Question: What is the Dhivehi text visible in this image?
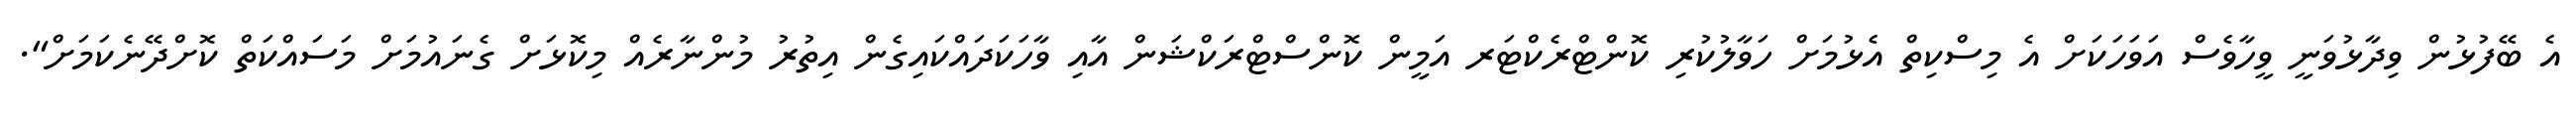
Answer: އެ ބޭފުޅުން ވިދާޅުވަނީ ވީހާވެސް އަވަހަކަށް އެ މިސްކިތް އެޅުމަށް ހަވާލުކުރި ކޮންޓްރެކްޓަރ އަމީން ކޮންސްޓްރަކްޝަން އާއި ވާހަކަދައްކައިގެން އިތުރު މުންނާރެއް މިކޮޅަށް ގެނައުމަށް މަސައްކަތް ކޮށްދޭނެކަމަށް".